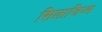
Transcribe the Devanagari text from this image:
सिलाजिज्म